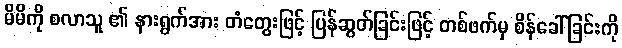
မိမိကို စလာသူ ၏ နားရွက်အား တံတွေးဖြင့် ပြန်ဆွတ်ခြင်းဖြင့် တစ်ဖက်မှ စိန်ခေါ်ခြင်းကို